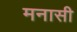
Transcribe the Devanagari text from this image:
मनासी